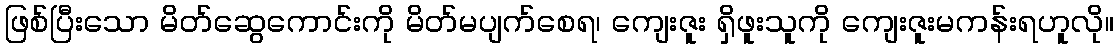
ဖြစ်ပြီးသော မိတ်ဆွေကောင်းကို မိတ်မပျက်စေရ၊ ကျေးဇူး ရှိဖူးသူကို ကျေးဇူးမကန်းရဟူလို။